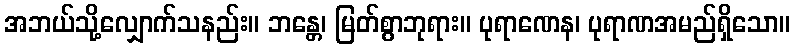
အဘယ်သို့လျှောက်သနည်း။ ဘန္တေ၊ မြတ်စွာဘုရား။ ပုရာဏေန၊ ပုရာဏအမည်ရှိသော။